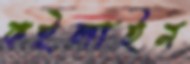
কইলাইন